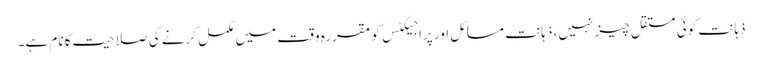
ذہانت کوئی مستقل چیز نہیں، ذہانت مسائل اور پراجیکٹس کو مقررہ وقت میں مکمل کرنے کی صلاحیت کا نام ہے۔